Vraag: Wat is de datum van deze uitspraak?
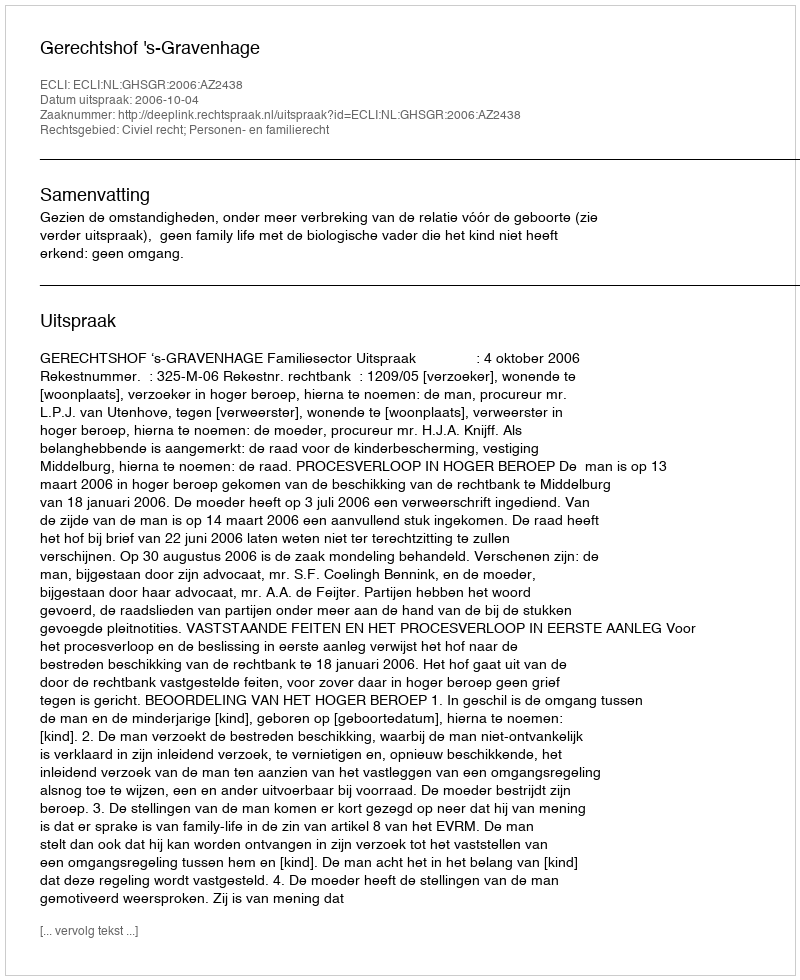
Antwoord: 2006-10-04